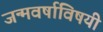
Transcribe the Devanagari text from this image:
जन्मवर्षाविषयी